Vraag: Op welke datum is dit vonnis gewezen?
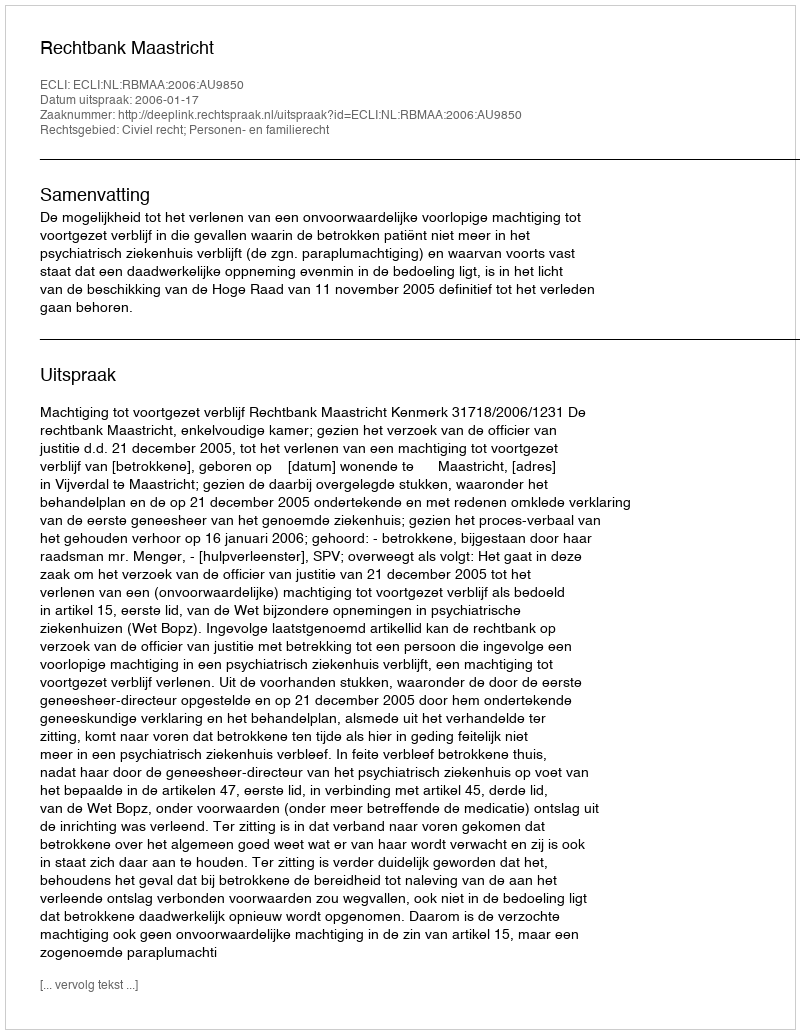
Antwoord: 2006-01-17